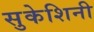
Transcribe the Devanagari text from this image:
सुकेशिनी